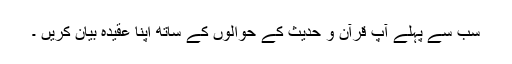
سب سے پہلے آپ قرآن و حدیث کے حوالوں کے ساتھ اپنا عقیدہ بیان کریں ۔